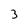
Character: 3